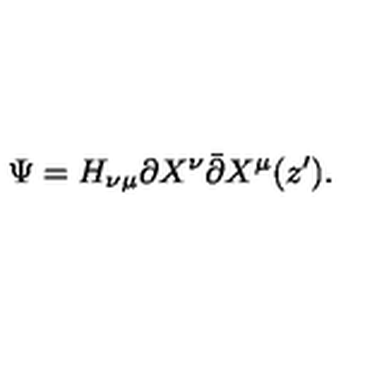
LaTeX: \Psi = H _ { \nu \mu } \partial X ^ { \nu } \bar { \partial } X ^ { \mu } ( z ^ { \prime } ) .